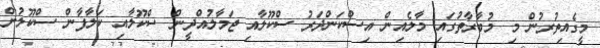
މީގެއިތުރުން މި މުބާރާތުގައި މާލެއިން އިސްކަންދަރު ސްކޫލާއި ޖަމާލުއްދީން ސްކޫލާއި ކަލާފާން ސްކޫލުން